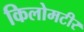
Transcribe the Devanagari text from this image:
किलोमटीर